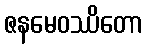
ဇနမေဝဿိတော